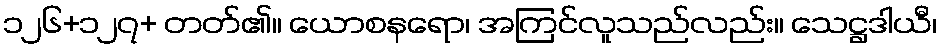
၁၂၆+၁၂၇+ တတ်၏။ ယောစနရော၊ အကြင်လူသည်လည်း။ သေဋ္ဌဒါယီ၊